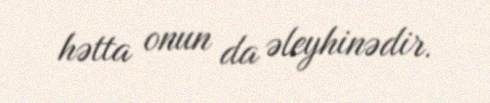
hətta onun da əleyhinədir.